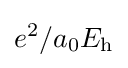
e^{2}/a_{0}E_{\text{h}}